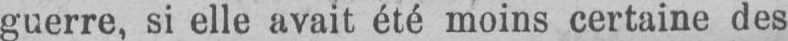
guerre, si elle avait été moins certaine des